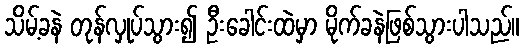
သိမ့်ခနဲ တုန်လှုပ်သွား၍ ဦးခေါင်းထဲမှာ မိုက်ခနဲဖြစ်သွားပါသည်။